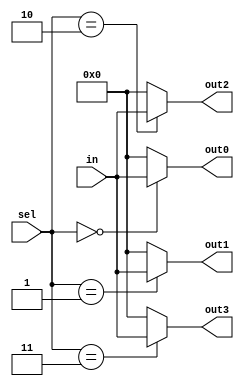
module demux_1x4 #(parameter BITS = 4) (
    input [BITS - 1 : 0] in,
    input [1 : 0] sel,
    output [BITS - 1 : 0] out0, out1, out2, out3
);
    assign out0 = (sel == 0) ? in : 0;
    assign out1 = (sel == 1) ? in : 0;
    assign out2 = (sel == 2) ? in : 0;
    assign out3 = (sel == 3) ? in : 0;
endmodule